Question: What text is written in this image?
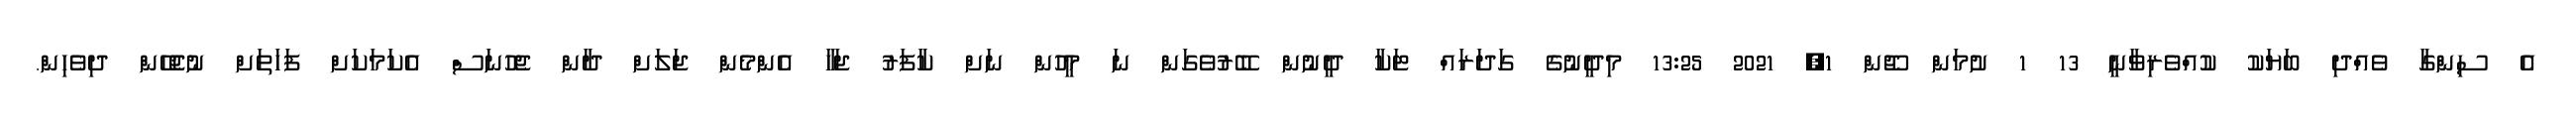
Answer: އެ ސިންގާ ވެއްދި ބަޔަކު ކުއްވެރިވާނީ 13 1 ށުމަން ޖޫން 1, 2021 13:25 މިދީނުގެ ގަދަރައް ޓަކާ ދީނުން ބޭރުވެގަން ނަ މީހުން ނަށް ކާފަރު ޖަހާ އެންމެން ޖަލަށް ދާން ޖެހުނަސް އެކަމަކަށް ފަހަތަށް ނުޖެހޭން ދިވެހިން.